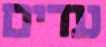
עדים